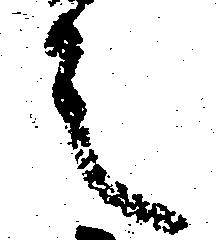
之